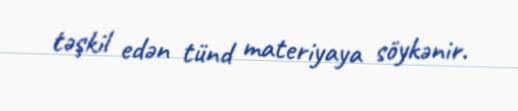
təşkil edən tünd materiyaya söykənir.